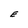
Character: E